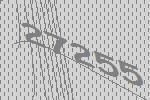
27255